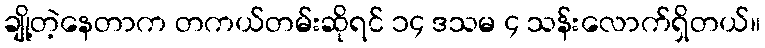
ချို့တဲ့နေတာက တကယ်တမ်းဆိုရင် ၁၄ ဒသမ ၄ သန်းလောက်ရှိတယ်။